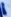
Text: 1